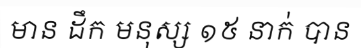
មាន ដឹក មនុស្ស ១៥ នាក់ បាន